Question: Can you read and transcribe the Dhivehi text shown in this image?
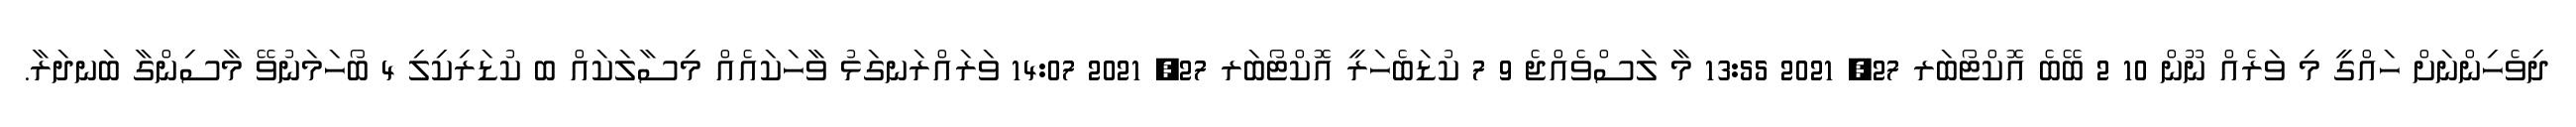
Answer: ދިވެހިންނަށް ހައްގީ މި ވަރެއް ނޫން 10 2 ބޭބެ އޮކްޓޯބަރ 27, 2021 13:55 މާ ލަސްވެއްޖެ 9 7 ކުޑަބެހަރީ އޮކްޓޯބަރ 27, 2021 14:07 ވަރައްރަނގަޅު ވާހަކައެއް މިސާލަކައް ބ ކުޑަރިކިލި 4 ބޯހަމަނުވޭ މާސިންގާ ބަނދަރާ.